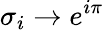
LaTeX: \sigma_{i}\rightarrow e^{i\pi}